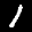
Label: 1